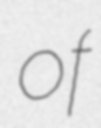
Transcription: of